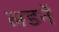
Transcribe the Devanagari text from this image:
लडनें